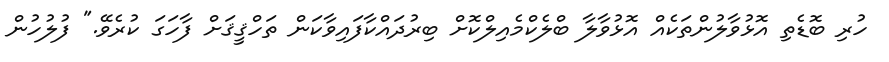
ހުރި ބޮޑެތި އޮޅުވާލުންތަކެއް އޮޅުވާލާ ބްލެކްމެއިލްކޮށް ބިރުދައްކާފައިވާކަން ތަހްޤީޤަށް ފާހަގަ ކުރެވޭ." ފުލުހުން